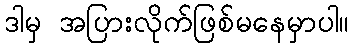
ဒါမှ အပြားလိုက်ဖြစ်မနေမှာပါ။